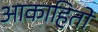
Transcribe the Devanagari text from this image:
आकाहितो